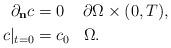
LaTeX: \begin{align*} \partial_{\mathbf{n}}c &= 0\;\;\;\;\partial\Omega\times(0,T), \\ c|_{t=0} &= c_0\;\;\;\Omega. \end{align*}